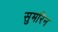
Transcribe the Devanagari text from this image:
सुमरिन